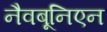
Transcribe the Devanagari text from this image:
नैवबूनिएन